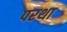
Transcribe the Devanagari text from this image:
परथा